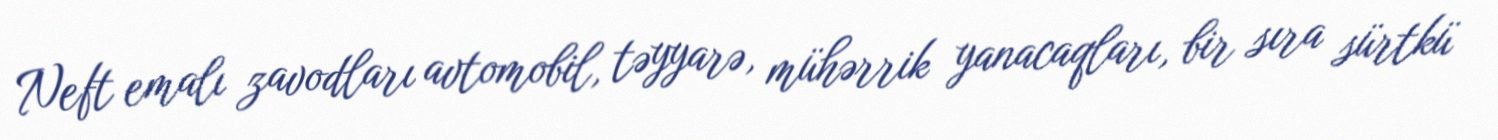
Neft emalı zavodları avtomobil, təyyarə, mühərrik yanacaqları, bir sıra sürtkü